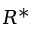
R ^ { * }